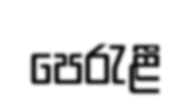
පෙරැළී